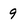
Character: 9